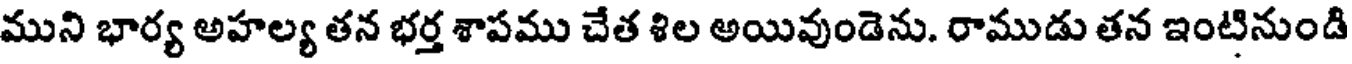
ముని భార్య అహల్య తన భర్త శాపము చేత శిల అయివుండెను. రాముడు తన ఇంటినుండి